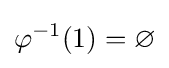
\varphi ^{-1}(1)=\varnothing